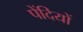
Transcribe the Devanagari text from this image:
पेंदियों